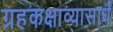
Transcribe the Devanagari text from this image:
ग्रहकक्षाव्यासार्धं